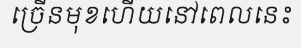
ច្រើនមុខហើយនៅពេលនេះ